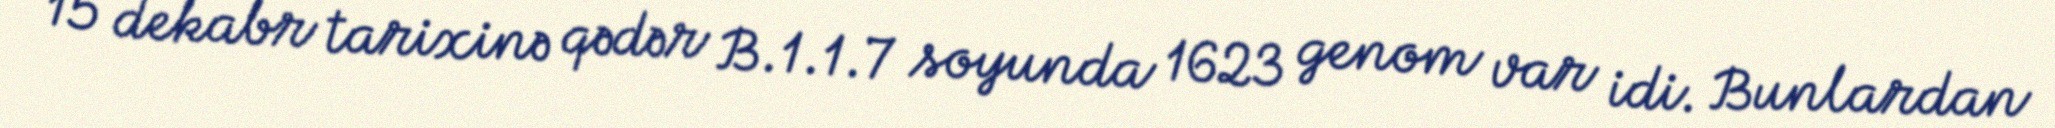
15 dekabr tarixinə qədər B.1.1.7 soyunda 1623 genom var idi. Bunlardan